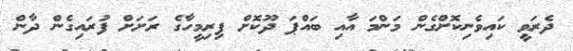
ދެރަވީ ކައިވެނިކޮށްގެން މަންމަ އާއި ބައްޕަ ދޫކޮށް ފިރިމީހާގެ ރަށަށް ފުރައިގެން ދާން